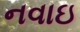
નવાઇ